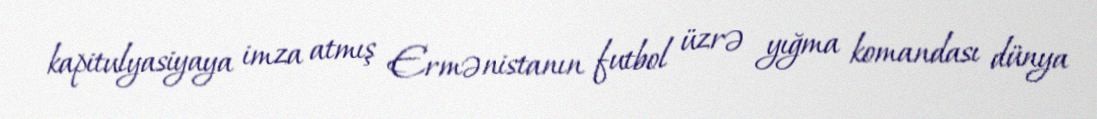
kapitulyasiyaya imza atmış Ermənistanın futbol üzrə yığma komandası dünya